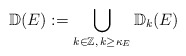
\begin{align*}{\mathbb{D}}(E):=\bigcup_{k\in{\mathbb{Z}},\,k\geq\kappa_E}{\mathbb{D}}_k(E)\end{align*}